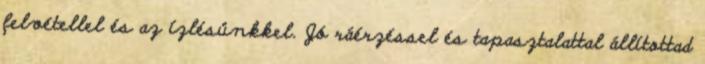
felvétellel és az ízlésünkkel. Jó ráérzéssel és tapasztalattal állítottad